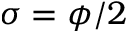
\sigma = \phi / 2